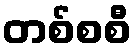
တစ်စစီ